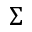
\Sigma